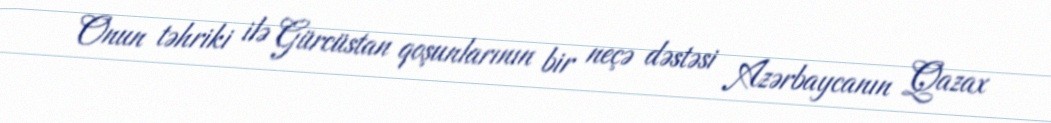
Onun təhriki ilə Gürcüstan qoşunlarının bir neçə dəstəsi Azərbaycanın Qazax